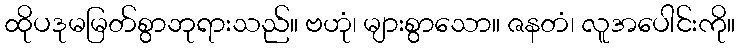
ထိုပဒုမမြတ်စွာဘုရားသည်။ ဗဟုံ၊ များစွာသော။ ဇနတံ၊ လူအပေါင်းကို။